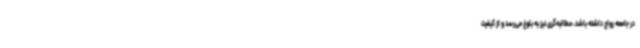
در جامعه رواج داشته باشد، مطالبه‌گری نیز به بلوغ می‌رسد و از کیفیت